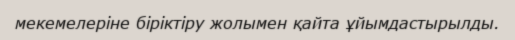
мекемелеріне біріктіру жолымен қайта ұйымдастырылды.